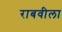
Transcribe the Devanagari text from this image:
राबवीला